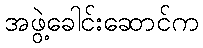
အဖွဲ့ခေါင်းဆောင်က